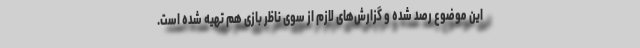
این موضوع رصد شده و گزارش‌های لازم از سوی ناظر بازی هم تهیه شده است.